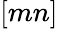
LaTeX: [mn]